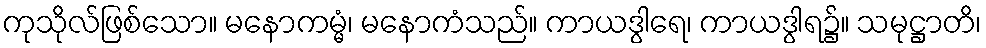
ကုသိုလ်ဖြစ်သော။ မနောကမ္မံ၊ မနောကံသည်။ ကာယဒွါရေ၊ ကာယဒွါရ၌။ သမုဋ္ဌာတိ၊